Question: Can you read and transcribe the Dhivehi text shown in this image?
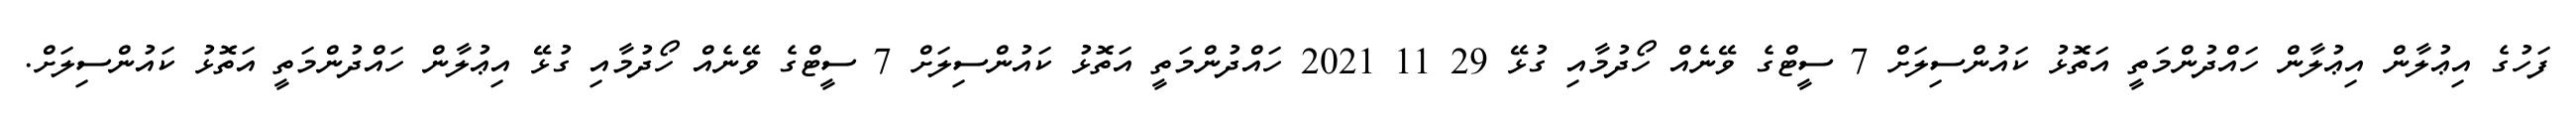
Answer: ފަހުގެ އިޢުލާން އިޢުލާން ހައްދުންމަތީ އަތޮޅު ކައުންސިލަށް 7 ސީޓްގެ ވޭނެއް ހޯދުމާއި ގުޅޭ 29 11 2021 ހައްދުންމަތީ އަތޮޅު ކައުންސިލަށް 7 ސީޓްގެ ވޭނެއް ހޯދުމާއި ގުޅޭ އިޢުލާން ހައްދުންމަތީ އަތޮޅު ކައުންސިލަށް.